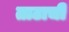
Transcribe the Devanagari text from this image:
ताटाची